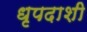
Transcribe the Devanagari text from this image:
धृपदाशी